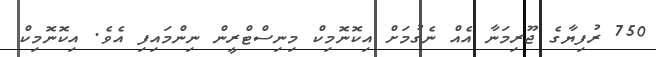
750 ރުފިޔާގެ ޖޫރިމަނާ އެއް ނެގުމަށް އިކޮނޮމިކް މިނިސްޓްރީން ނިންމައިފި އެވެ. އިކޮނޮމިކް